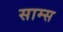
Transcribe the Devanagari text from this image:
साम्स